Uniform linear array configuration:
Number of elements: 4
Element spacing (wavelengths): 0.25
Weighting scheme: binomial
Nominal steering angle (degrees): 30
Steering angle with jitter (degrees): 28.385
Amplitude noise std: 0.05
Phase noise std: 0.05

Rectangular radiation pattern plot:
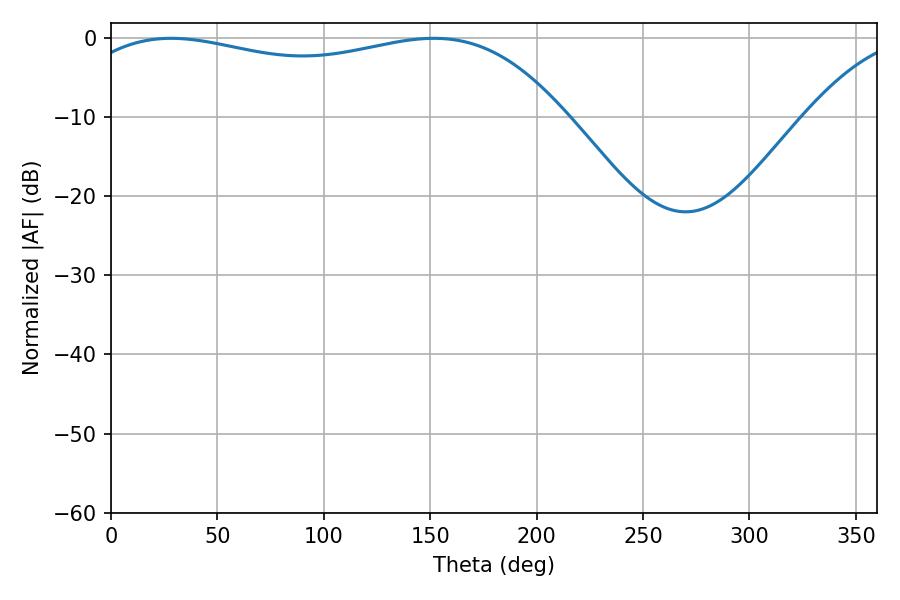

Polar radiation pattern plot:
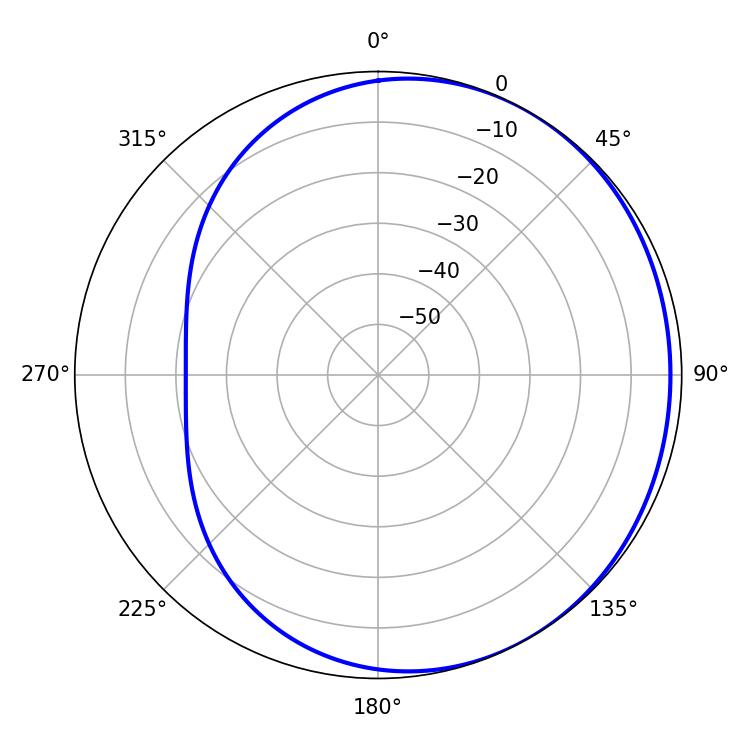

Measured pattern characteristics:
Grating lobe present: FALSE
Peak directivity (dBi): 1.485
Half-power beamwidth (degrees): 187.74
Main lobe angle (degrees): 28.26